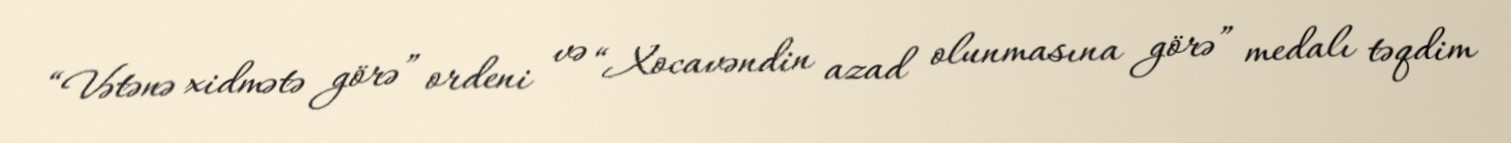
“Vətənə xidmətə görə” ordeni və “Xocavəndin azad olunmasına görə” medalı təqdim